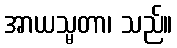
အာယသ္မတာ၊ သည်။